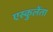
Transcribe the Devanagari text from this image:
एस्कुलेंता